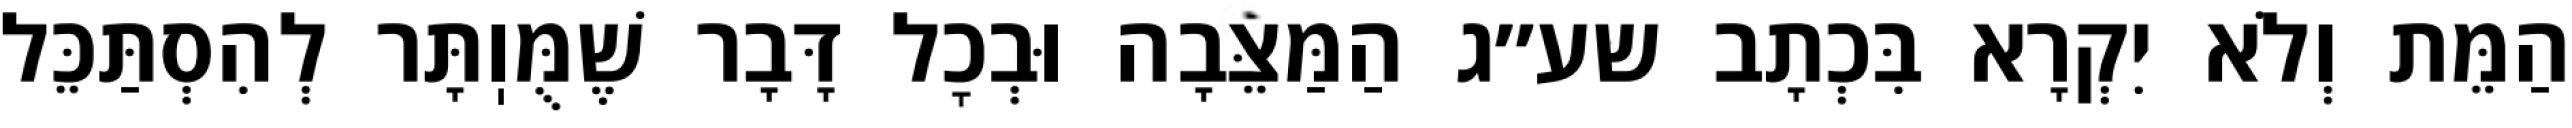
הַמֵּת וְלֹא יִקְרָא בִּכְתָב שע״ג הַמַּצֵּבָה וּבְכׇל דָּבָר שֶׁמֻּוֽתָּר לְהִסְתַּכֵּל